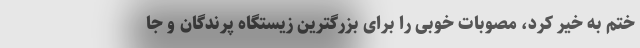
ختم به خیر کرد، مصوبات خوبی را برای بزرگترین زیستگاه پرندگان و جا